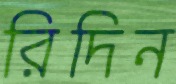
রিদিন